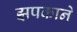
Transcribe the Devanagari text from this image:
झपकाने